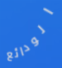
الودائع